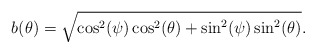
\begin{align*}b(\theta)= \sqrt{\cos^2(\psi)\cos^2(\theta)+\sin^2(\psi)\sin^2(\theta)}.\end{align*}